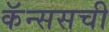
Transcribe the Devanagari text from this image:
कॅन्ससची